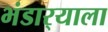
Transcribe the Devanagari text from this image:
भंडार्‍याला